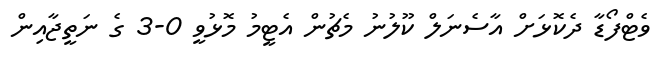
ވެޓްފޯޑާ ދެކޮޅަށް އާސެނަލް ކޫލުނު މެޗުން އެޓީމު މޮޅުވީ 0-3 ގެ ނަތީޖާއިން